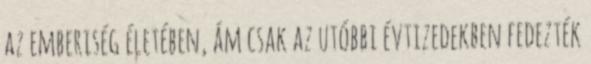
az emberiség életében, ám csak az utóbbi évtizedekben fedezték